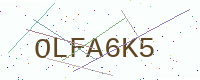
Text: OLFA6K5